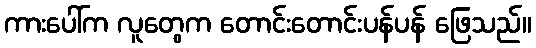
ကားပေါ်က လူတွေက တောင်းတောင်းပန်ပန် ဖြေသည်။